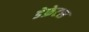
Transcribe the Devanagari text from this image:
डेफ्रेटस